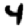
Digit: 4